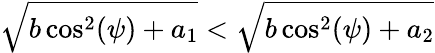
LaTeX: \sqrt{b\cos^{2}(\psi)+a_{1}}<\sqrt{b\cos^{2}(\psi)+a_{2}}